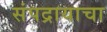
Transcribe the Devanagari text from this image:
संपद्रायाचा